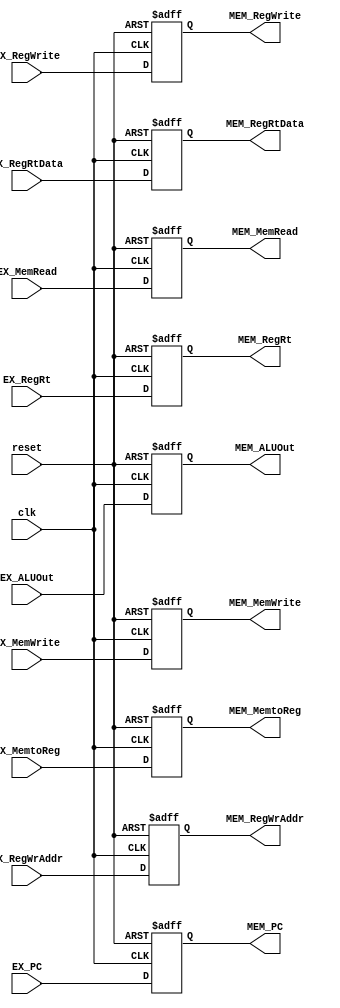
// ./src/EX_MEM_Reg.v

module EX_MEM_Reg(
        input reset,
        input clk,
        // input EX_flush,
        // input EX_stall,
        input [32-1:0] EX_PC,
        input EX_RegWrite,
        input EX_MemRead,
        input EX_MemWrite,
        input [2-1:0] EX_MemtoReg,
        input [32-1:0] EX_ALUOut,
        input [32-1:0] EX_RegRtData,
        input [5-1:0] EX_RegRt,
        input [5-1:0] EX_RegWrAddr,

        output reg [32-1:0] MEM_PC,
        output reg MEM_RegWrite,
        output reg MEM_MemRead,
        output reg MEM_MemWrite,
        output reg [2-1:0] MEM_MemtoReg,
        output reg [32-1:0] MEM_ALUOut,
        output reg [32-1:0] MEM_RegRtData,
        output reg [5-1:0] MEM_RegRt,
        output reg [5-1:0] MEM_RegWrAddr
    );

    always @(posedge reset or posedge clk) begin
        if (reset) begin
            MEM_PC <= 32'b0;
            MEM_RegWrite <= 1'b0;
            MEM_MemRead <= 1'b0;
            MEM_MemWrite <= 1'b0;
            MEM_MemtoReg <= 2'b0;
            MEM_ALUOut <= 32'b0;
            MEM_RegRtData <= 32'b0;
            MEM_RegRt <= 5'b0;
            MEM_RegWrAddr <= 5'b0;
        end
        else begin
            MEM_PC <= EX_PC;
            MEM_RegWrite <= EX_RegWrite;
            MEM_MemRead <= EX_MemRead;
            MEM_MemWrite <= EX_MemWrite;
            MEM_MemtoReg <= EX_MemtoReg;
            MEM_ALUOut <= EX_ALUOut;
            MEM_RegRtData <= EX_RegRtData;
            MEM_RegRt <= EX_RegRt;
            MEM_RegWrAddr <= EX_RegWrAddr;
        end
    end

endmodule // EX_MEM_Reg